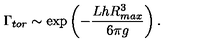
\Gamma _ { t o r } \sim \exp \left( - { \frac { L h R _ { m a x } ^ { 3 } } { 6 \pi g } } \right) .